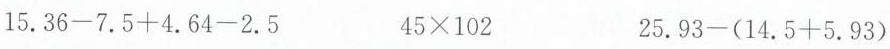
$$1 5 . 3 6 - 7.5 + 4. 6 4 - 2. 5$$ $$4 5× 1 0 2 $$ $$2 5. 9 3 - (1 4. 5 + 5. 9 3)$$